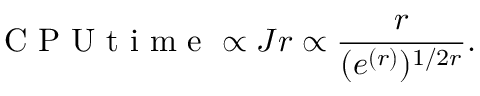
\mathrm { ~ C ~ P ~ U ~ t ~ i ~ m ~ e ~ } \propto J r \propto \frac { r } { ( e ^ { ( r ) } ) ^ { 1 / 2 r } } .